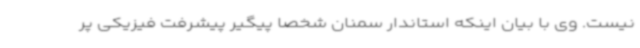
نیست. وی با بیان اینکه استاندار سمنان شخصا پیگیر پیشرفت فیزیکی پر